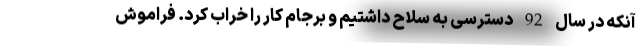
آنکه در سال 92 دسترسی به سلاح داشتیم و برجام کار را خراب کرد. فراموش